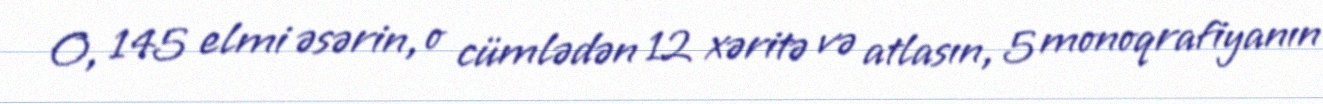
O, 145 elmi əsərin, o cümlədən 12 xəritə və atlasın, 5 monoqrafiyanın